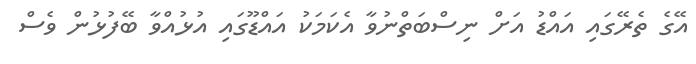
އޭގެ ތެރޭގައި އައްޑު އަށް ނިސްބަތްނުވާ އެކަމަކު އައްޑޫގައި އުޅުއްވާ ބޭފުޅުން ވެސް